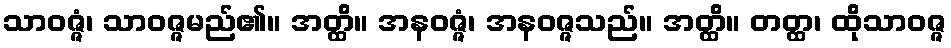
သာဝဇ္ဇံ၊ သာဝဇ္ဇမည်၏။ အတ္ထိ။ အနဝဇ္ဇံ၊ အနဝဇ္ဇသည်။ အတ္ထိ။ တတ္ထ၊ ထိုသာဝဇ္ဇ